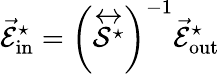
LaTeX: \vec{\mathcal{E}}_{\mathrm{{in}}}^{\star}=\left(\stackrel{\leftrightarrow}{\mathcal{S}^{\star}}\right)^{-1}\vec{\mathcal{E}}_{\mathrm{{out}}}^{\star}